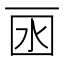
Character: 𠀯